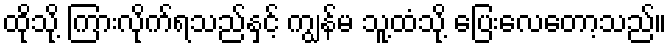
ထိုသို့ ကြားလိုက်ရသည်နှင့် ကျွန်မ သူ့ထံသို့ ပြေးလေတော့သည်။